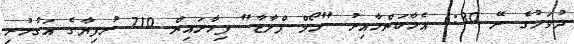
ދުވަހުގެ ރޭ 6:30 އެހާކަންހާއިރު "ހޯމް ޕްލާޒާ" ފިހާރައިން 710 ރުފިޔާގެ އަގުހުރި